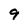
Character: 9